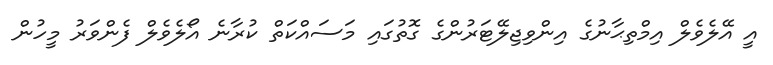
އީ އޭލެވެލް އިމްތިޙާނުގެ އިންވިޖިލޭޓަރުންގެ ގޮތުގައި މަސައްކަތް ކުރާނެ އޯލެވެލް ފެންވަރު މީހުން